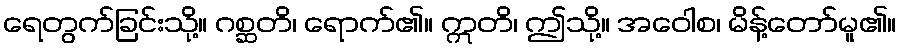
ရေတွက်ခြင်းသို့။ ဂစ္ဆတိ၊ ရောက်၏။ ဣတိ၊ ဤသို့။ အဝေါစ၊ မိန့်တော်မူ၏။